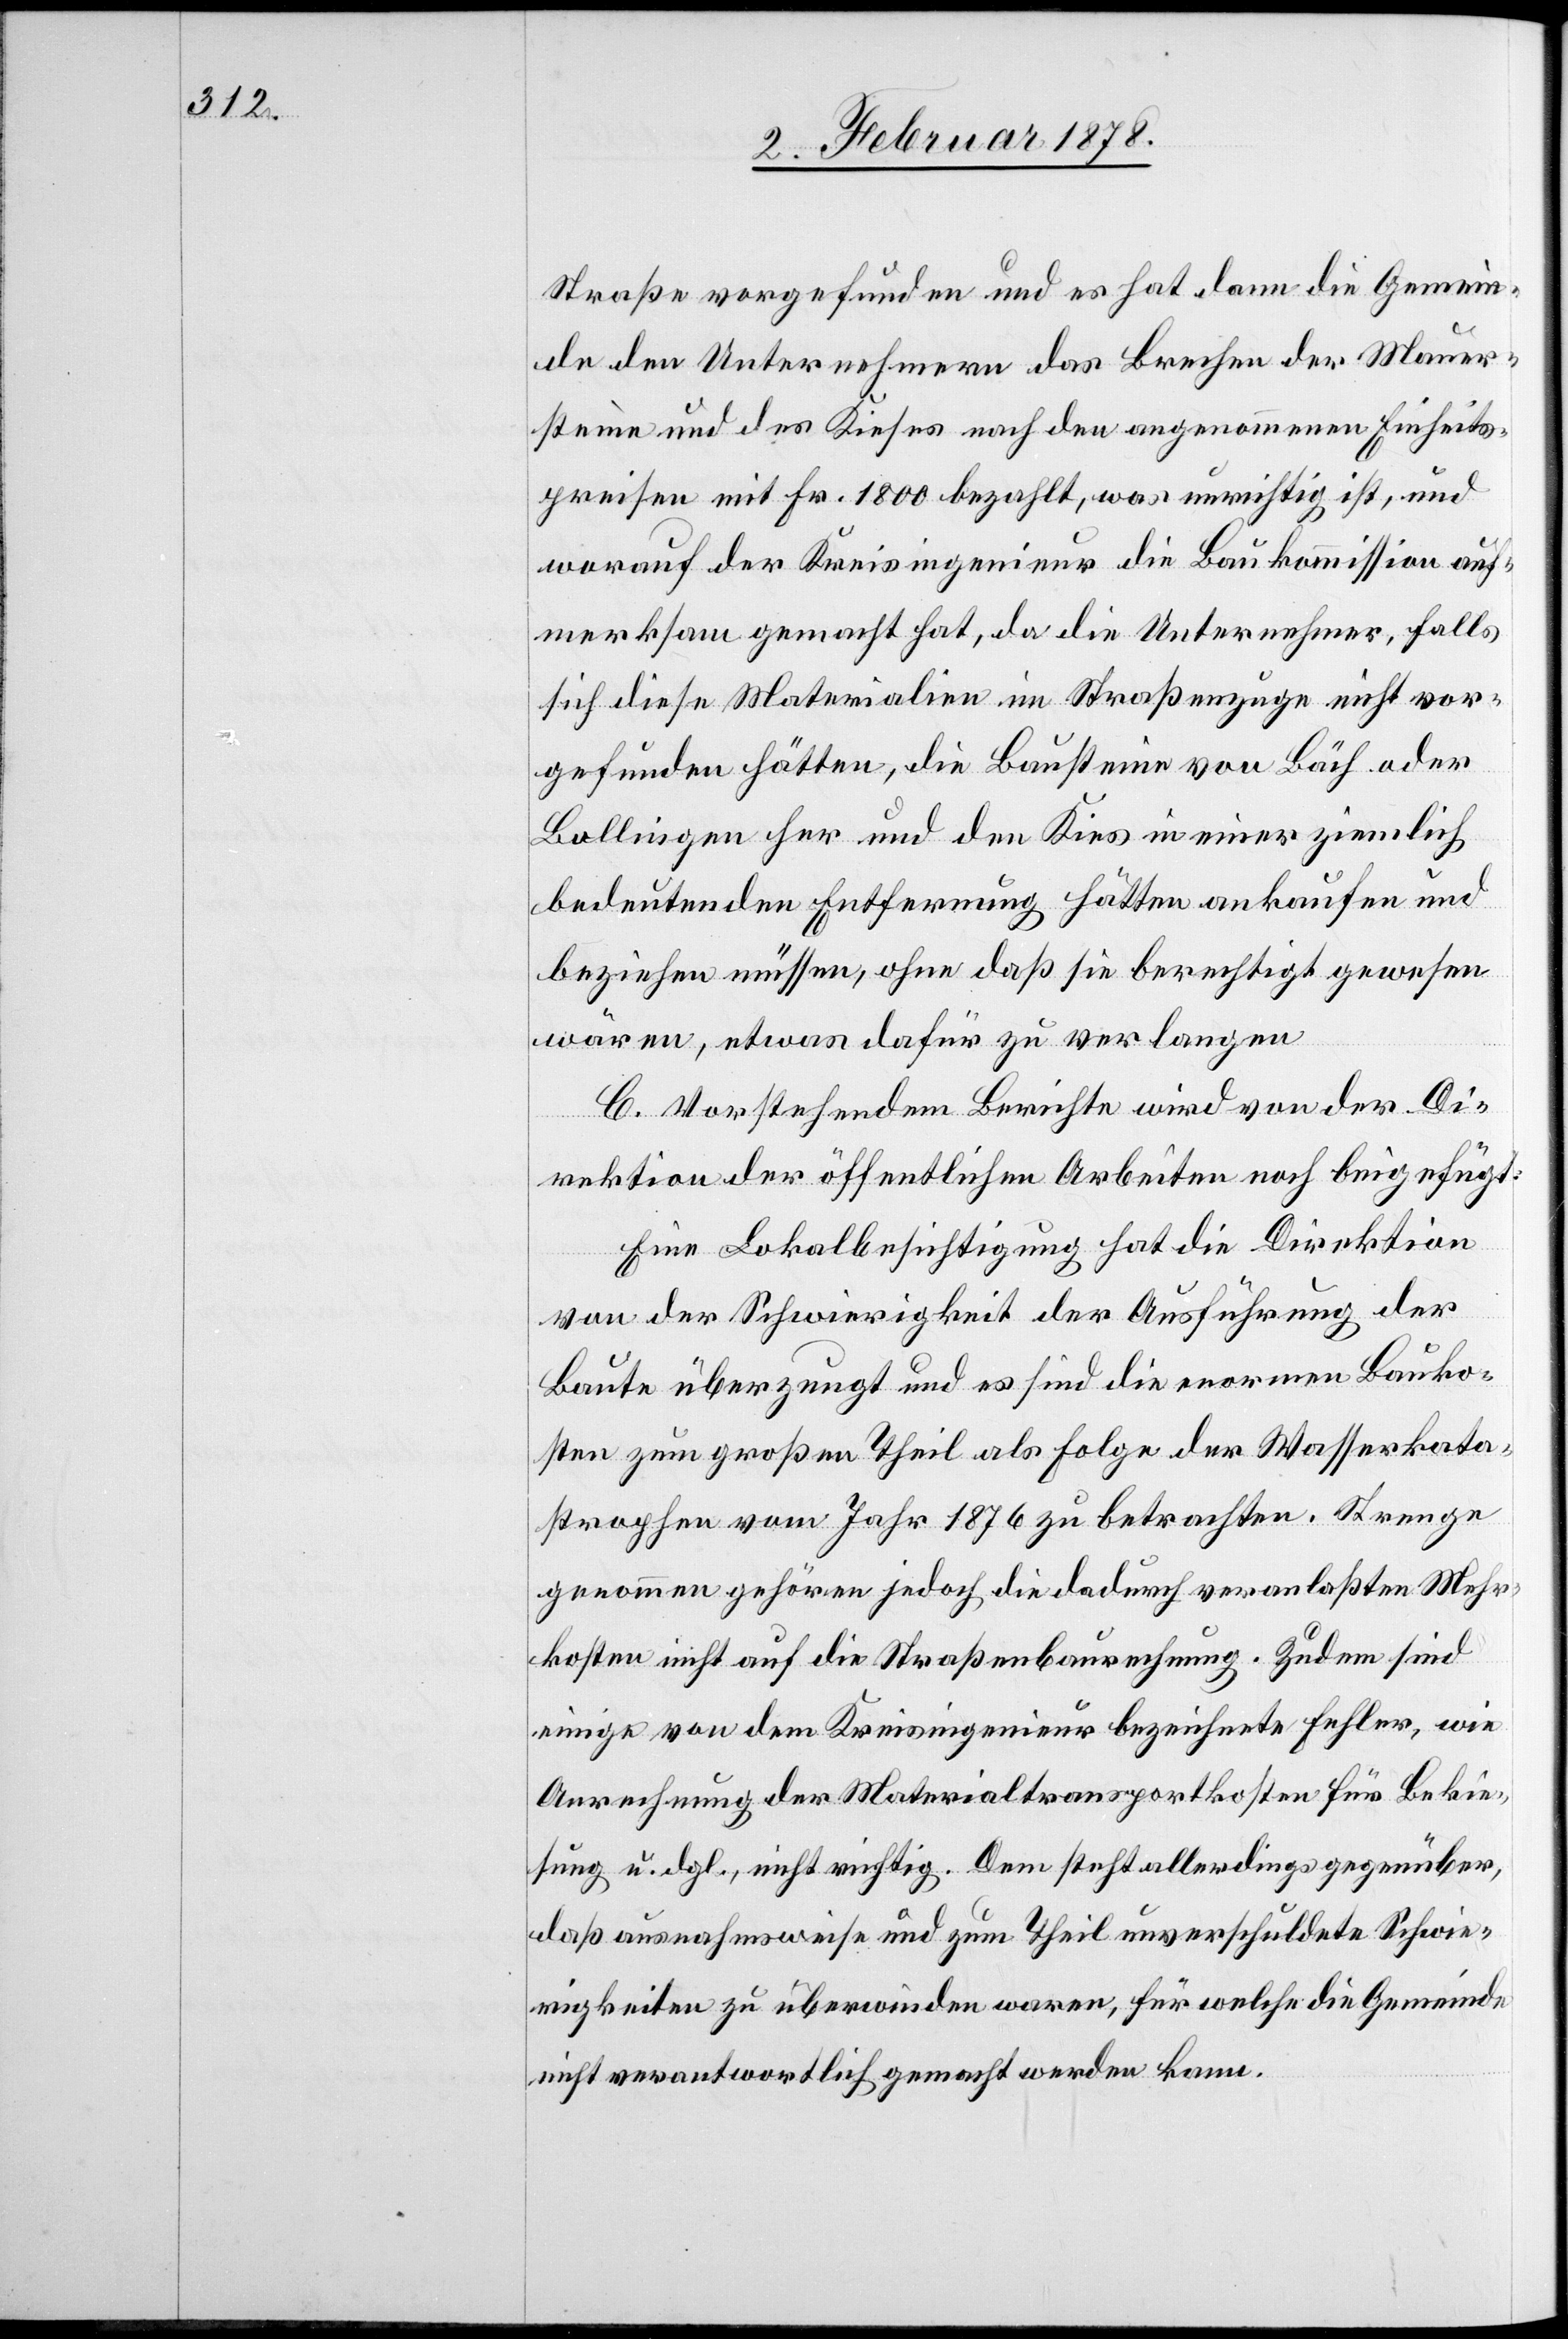
Straße vorgefunden und es hat dann die Gemein¬
de den Unternehmern das Brechen der Mauer¬
steine und des Kieses nach den angenommenen Einheits¬
preisen mit Fr. 1800 bezahlt, was unrichtig ist, und
worauf der Kreisingenieur die Baukommission auf¬
merksam gemacht hat, da die Unternehmer, falls
sich diese Materialien im Straßenzuge nicht vor¬
gefunden hätten, die Bausteine von Bäch oder
Bollingen her und den Kies in einer ziemlich
bedeutenden Entfernung hätten ankaufen und
beziehen müssen, ohne daß sie berechtigt gewesen
wären, etwas dafür zu verlangen.
C. Vorstehendem Berichte wird von der Di¬
rektion der öffentlichen Arbeiten noch beigefügt:
Eine Lokalbesichtigung hat die Direktion
von der Schwierigkeit der Ausführung der
Baute überzeugt und es sind die enormen Bauko¬
sten zum großen Theil als Folge der Wasserkata¬
strophen vom Jahr 1876 zu betrachten. Strenge
genommen gehören jedoch die dadurch veranlassten Mehr¬
kosten nicht auf die Straßenbaurechnung. Zudem sind
einige von dem Kreisingenieur bezeichnete Fehler, wie
Anrechung der Materialtransportkosten für Bekie¬
sung u. dgl., nicht richtig. Dem steht allerdings gegenüber,
daß ausnahmsweise und zum Theil unverschuldete Schwie¬
rigkeiten zu überwinden waren, für welche die Gemeinde
nicht verantwortlich gemacht werden kann.